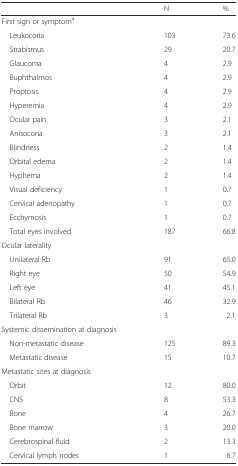
|  | N | % |
 | --- | --- | --- |
 | First sign or symptoma |  |  |
 | Leukocoria | 103 | 73.6 |
 | Strabismus | 29 | 20.7 |
 | Glaucoma | 4 | 2.9 |
 | Buphthalmos | 4 | 2.9 |
 | Proptosis | 4 | 2.9 |
 | Hyperemia | 4 | 2.9 |
 | Ocular pain | 3 | 2.1 |
 | Anisocoria | 3 | 2.1 |
 | Blindness | 2 | 1.4 |
 | Orbital edema | 2 | 1.4 |
 | Hyphema | 2 | 1.4 |
 | Visual deficiency | 1 | 0.7 |
 | Cervical adenopathy | 1 | 0.7 |
 | Ecchymosis | 1 | 0.7 |
 | Total eyes involved | 187 | 66.8 |
 | Ocular laterality |  |  |
 | Unilateral Rb | 91 | 65.0 |
 | Right eye | 50 | 54.9 |
 | Left eye | 41 | 45.1 |
 | Bilateral Rb | 46 | 32.9 |
 | Trilateral Rb | 3 | 2.1 |
 | Systemic dissemination at diagnosis |  |  |
 | Non-metastatic disease | 125 | 89.3 |
 | Metastatic disease | 15 | 10.7 |
 | Metastatic sites at diagnosis |  |  |
 | Orbit | 12 | 80.0 |
 | CNS | 8 | 53.3 |
 | Bone | 4 | 26.7 |
 | Bone marrow | 3 | 20.0 |
 | Cerebrospinal fluid | 2 | 13.3 |
 | Cervical lymph nodes | 1 | 6.7 |